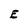
Character: E